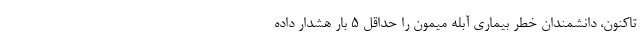
تاکنون، دانشمندان خطر بیماری آبله میمون را حداقل ۵ بار هشدار داده